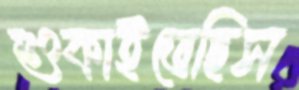
শুকাইতেছিস